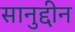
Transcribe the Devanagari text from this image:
सानुद्दीन